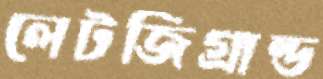
লেটজিগ্রান্ড